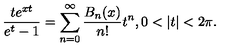
\frac { t e ^ { x t } } { e ^ { t } - 1 } = \sum _ { n = 0 } ^ { \infty } \frac { B _ { n } ( x ) } { n ! } t ^ { n } , 0 < | t | < 2 \pi .